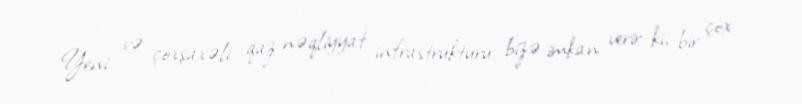
Yeni və çoxşaxəli qaz nəqliyyat infrastrukturu bizə imkan verir ki, bir çox